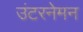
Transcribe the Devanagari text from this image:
उंटरनेमन